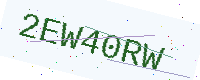
Text: 2EW40RW